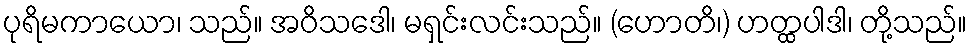
ပုရိမကာယော၊ သည်။ အဝိသဒေါ၊ မရှင်းလင်းသည်။ (ဟောတိ၊) ဟတ္ထပါဒါ၊ တို့သည်။